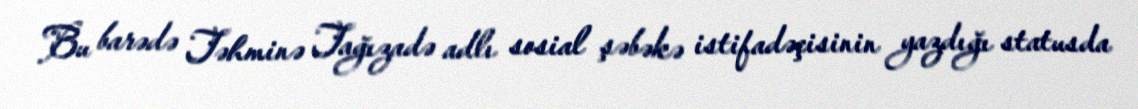
Bu barədə Təhminə Tağızadə adlı sosial şəbəkə istifadəçisinin yazdığı statusda